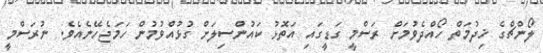
ލޯންޗްގެ ޚިދުމަތް ހޯއްދެވުމަށް ރަސްމީ ގަޑީގައި އަތޮޅު ކައުންސިލަށް ގުޅުއްވުމުން ހަމަޖެހޭނެއެވެ. ނުރަސްމީ